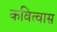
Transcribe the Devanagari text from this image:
कवित्वास